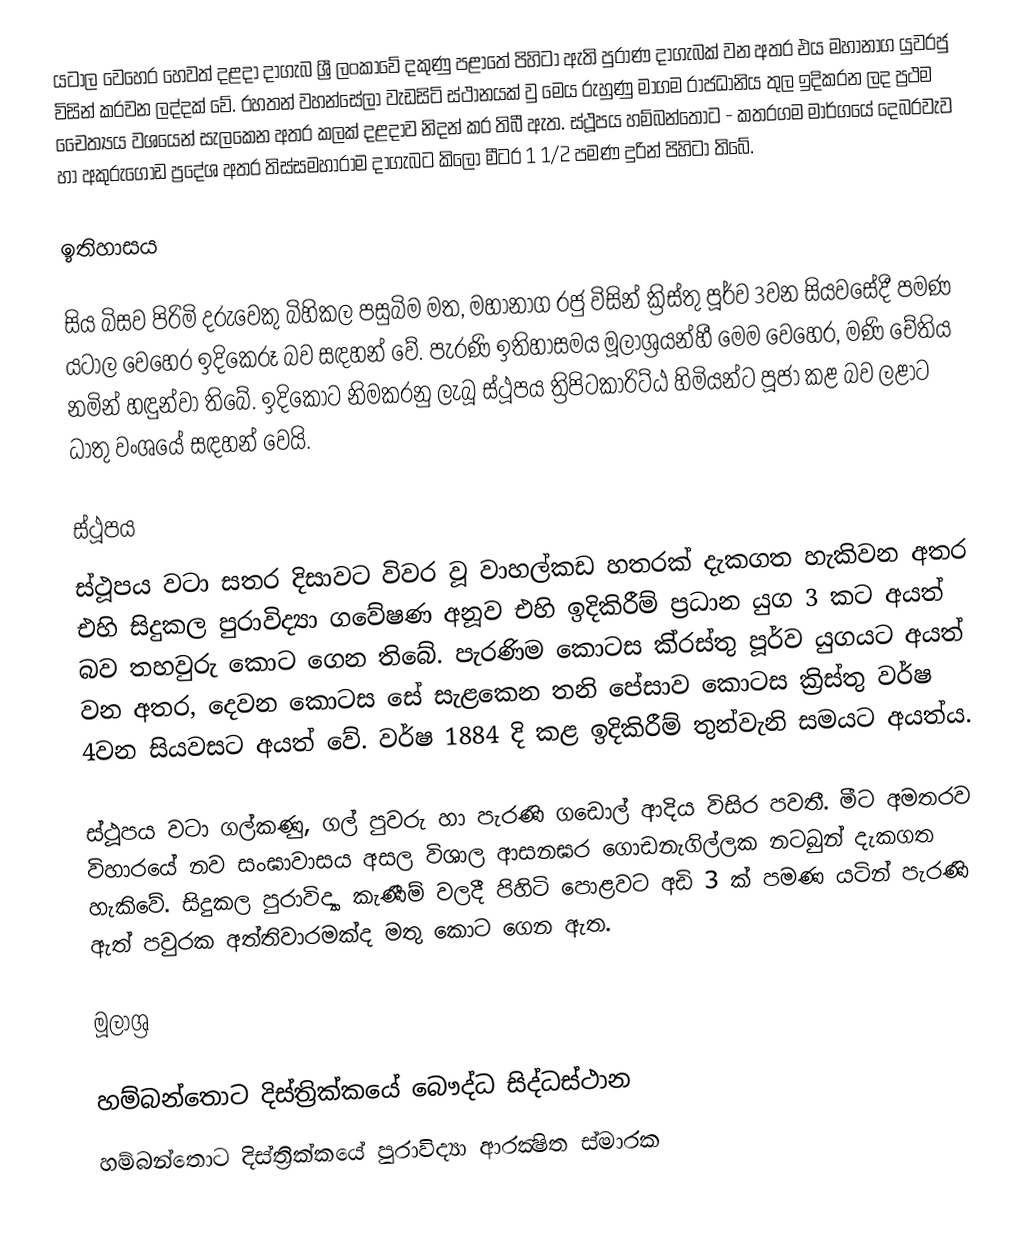
යටාල වෙහෙර හෙවත් දළදා දාගැබ ශ්‍රී ලංකාවේ දකුණු පළාතේ පිහිටා ඇති පුරාණ දාගැබක් වන අතර එය මහානාග යුවරජු විසින් කරවන ලද්දක් වේ. රහතන් වහන්සේලා වැඩසිටි ස්ථානයක් වු මෙය රුහුණු මාගම රාජධානිය තුල ඉදිකරන ලද ප්‍රථම චෛත්‍යය වශයෙන් සැලකෙන අතර කලක් දළදාව නිදන් කර තිබී ඇත. ස්ථූපය හම්බන්තොට - කතරගම මාර්ගයේ දෙබරවැව හා අකුරුගොඩ ප්‍රදේශ අතර තිස්සමහාරාම දාගැබට කිලෝ මීටර 1 1/2 පමණ දුරින් පිහිටා තිබේ.

ඉතිහාසය

සිය බිසව පිරිමි දරුවෙකු බිහිකල පසුබිම මත, මහානාග රජු විසින් ක්‍රිස්තු පූර්ව 3වන සියවසේදී පමණ යටාල වෙහෙර ඉදිකෙරූ බව සඳහන් වේ. පැරණි ඉතිහාසමය මූලාශ්‍රයන්හී මෙම වෙහෙර, මණි චේතිය නමින් හඳුන්වා තිබේ. ඉදිකොට නිමකරනු ලැබූ ස්ථූපය ත්‍රිපිටකාරිට්ඨ හිමියන්ට පූජා කළ බව ලළාට ධාතු වංශයේ සඳහන් වෙයි.

ස්ථූපය
ස්ථූපය වටා සතර දිසාවට විවර වූ වාහල්කඩ හතරක් දැකගත හැකිවන අතර එහි සිදුකල පුරාවිද්‍යා ගවේෂණ අනූව එහි ඉදිකිරීම් ප්‍රධාන යුග 3 කට අයත් බව තහවුරු කොට ගෙන තිබේ. පැරණිම කොටස කි‍්‍රස්තු පූර්ව යුගයට අයත් වන අතර, දෙවන කොටස සේ සැළකෙන තනි පේසාව කොටස ක්‍රිස්තු වර්ෂ 4වන සියවසට අයත් වේ. වර්ෂ 1884 දි කළ ඉදිකිරීම් තුන්වැනි සමයට අයත්ය.

ස්ථූපය වටා ගල්කණු, ගල් පුවරු හා පැරණි ගඩොල් ආදිය විසිර පවතී. මීට අමතරව විහාරයේ නව සංඝාවාසය අසල විශාල ආසනඝර ගොඩනැගිල්ලක නටබුන් දැකගත හැකිවේ. සිදුකල පුරාවිද්‍යා කැණීම් වලදී පිහිටි පොළවට අඩි 3 ක් පමණ යටින් පැරණි ඇත් පවුරක අත්තිවාරමක්ද මතු කොට ගෙන ඇත.

මූලාශ්‍ර

හම්බන්තොට දිස්ත්‍රික්කයේ බෞද්ධ සිද්ධස්ථාන
හම්බන්තොට දිස්ත්‍රික්කයේ පුරාවිද්‍යා ආරක්‍ෂිත ස්මාරක